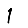
Digit: 1